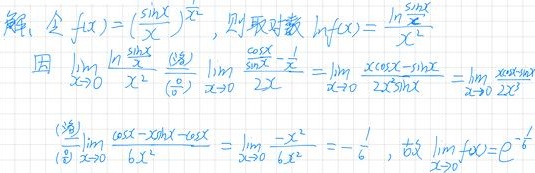
令\(f(x)=(\frac{\sin x}{x})^{\frac{1}{x^{2}}}\)，则取对数\(\ln f(x)=\frac{\ln \frac{\sin x}{x}}{x^{2}}\)。

因\(\lim\limits_{x \to 0}\frac{\ln \frac{\sin x}{x}}{x^{2}}\xlongequal[\left(\frac{0}{0}\right)]{(洛)}\lim\limits_{x \to 0}\frac{\frac{x}{\sin x}\cdot\frac{x\cos x - \sin x}{x^{2}}}{2x}=\lim\limits_{x \to 0}\frac{x\cos x - \sin x}{2x^{3}\sin x}=\lim\limits_{x \to 0}\frac{x\cos x - \sin x}{2x^{3}}\)

\(\xlongequal[\left(\frac{0}{0}\right)]{(洛)}\lim\limits_{x \to 0}\frac{\cos x - x\sin x - \cos x}{6x^{2}}=\lim\limits_{x \to 0}\frac{-x\sin x}{6x^{2}}=-\frac{1}{6}\)，

故\(\lim\limits_{x \to 0}f(x)=e^{-\frac{1}{6}}\)